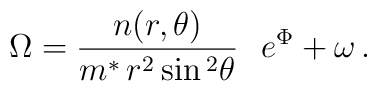
\Omega =\frac{n(r,\theta )}{m^{*}\,r^2\sin {}^2\theta }\,\,\,\,e^\Phi+\omega \,.